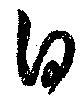
白